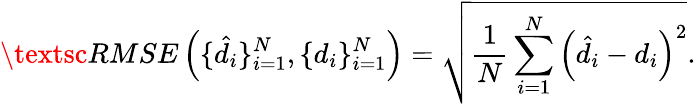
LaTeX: \textsc{RMSE}\left(\{ \hat{d}_{i}\} _{i=1}^{N},\{ d_{i}\} _{i=1}^{N}\right)=\sqrt{\frac{1}{N}\sum_{i=1}^{N}\left(\hat{d}_{i}-d_{i}\right)^{2}}.